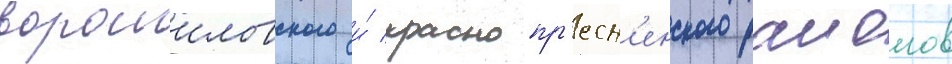
ворошиловского и́ краснопр'есн'енского раионов